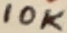
Text: 10K